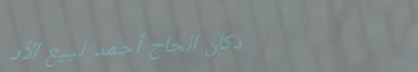
دكان الحاج أحمد لبيع الأد